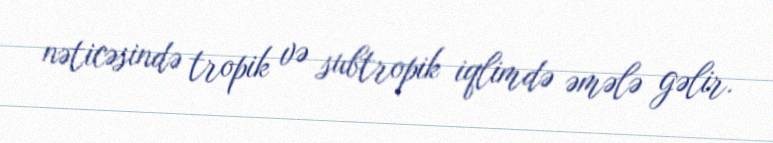
nəticəsində tropik və subtropik iqlimdə əmələ gəlir.